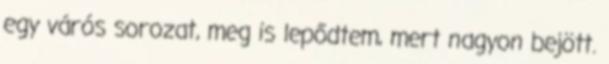
egy várós sorozat, meg is lepődtem, mert nagyon bejött.